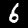
Label: 6